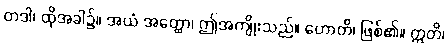
တဒါ၊ ထိုအခါ၌။ အယံ အတ္ထော၊ ဤအကျိုးသည်။ ဟောတိ၊ ဖြစ်၏။ ဣတိ၊